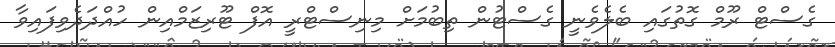
ގެސްޓް ރޫމް ގޮތުގައި ބެލެވެނީ ގެސްޓުން ތިބުމަށް މިނިސްޓްރީ އޮފް ޓޫރިޒަމްއިން ހުއްދަދެވިފައިވާ